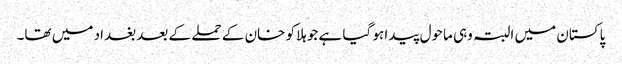
پاکستان میں البتہ وہی ماحول پیدا ہو گیا ہے جو ہلاکو خان کے حملے کے بعد بغداد میں تھا۔